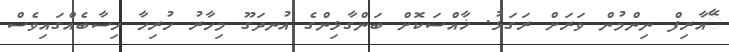
ޭާއާރިިފް ނިންމުން ވަރަަށް ރަގަަޅު. ޚާއްސަކޮޮށް ބަންގާޅިންގެ އުނދަގޫ މިހާާރު ހުރިހާ ހިސާާބެއްގައިވެސް